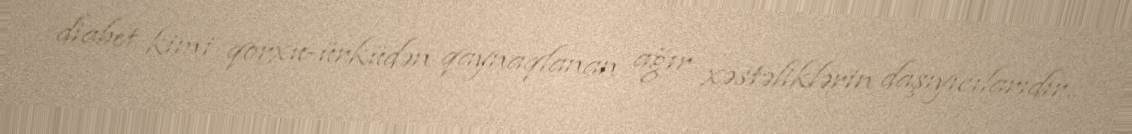
diabet kimi qorxu-ürküdən qaynaqlanan ağır xəstəliklərin daşıyıcılarıdır..